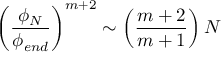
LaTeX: \left( \frac { \phi _ { N } } { \phi _ { e n d } } \right) ^ { m + 2 } \sim \left( \frac { m + 2 } { m + 1 } \right) N